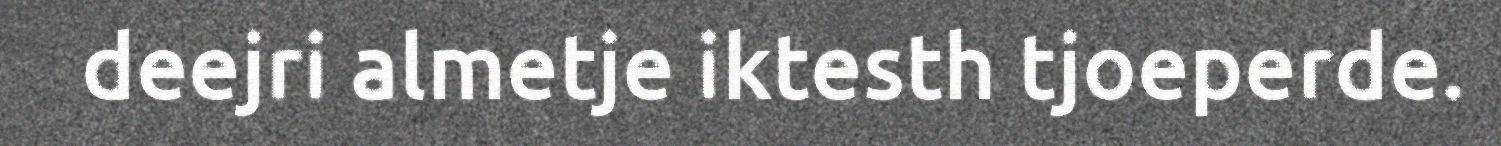
deejri almetje iktesth tjoeperde.